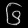
Digit: ၆